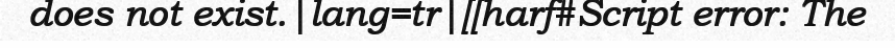
does not exist.|lang=tr|[[harf#Script error: The